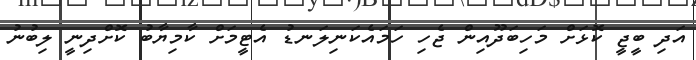
އަދި ބީޖީ ކޮޅަށް މަހިބަދޫއިން ޖެހި ހަމައެކަނިލަނޑު އެޓީމަށް ކާމިޔާބު ކޮށްދިނީ ލިބުނު